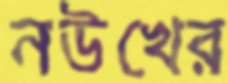
নউখের